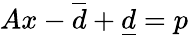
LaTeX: Ax-\overline{d}+\underline{d}=p